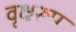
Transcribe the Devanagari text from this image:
वृक्षरूप